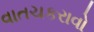
વાતચકરાવો